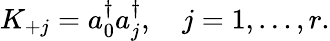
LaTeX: K_{+j}=a_{0}^{\dagger}a_{j}^{\dagger},\quad j=1,\ldots,r.